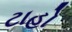
ટાહો